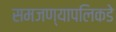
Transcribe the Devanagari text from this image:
समजण्यापलिकडे